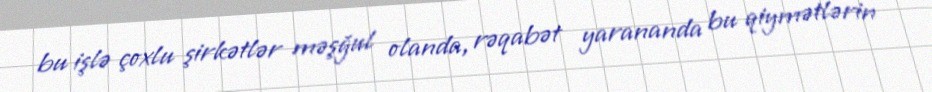
bu işlə çoxlu şirkətlər məşğul olanda, rəqabət yarananda bu qiymətlərin